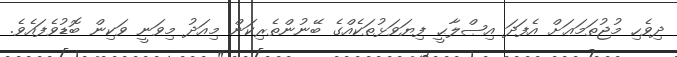
ދިވެހި މުޖުތަމަޢަށް އެފަދަ އިޞްލާޙީ ފިޔަވަޅުތަކެއްގެ ބޭނުންތެރިކަން މިއަދު މިވަނީ ވަކިން ބޮޑުވެފައެވެ.